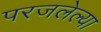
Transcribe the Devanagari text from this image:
परजलेल्या